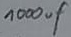
Text: 1000µF